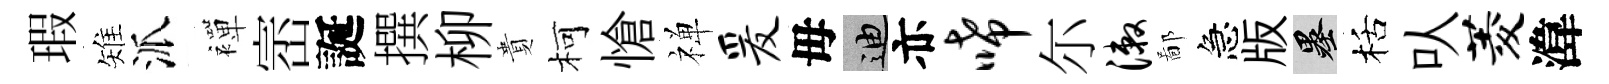
瑕雉派襌崈誕撰柳貴柯愴禅爰毋迪亦唏尓漱鄙急版墨栝㕥菱湋